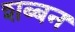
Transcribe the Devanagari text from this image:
शब्बन